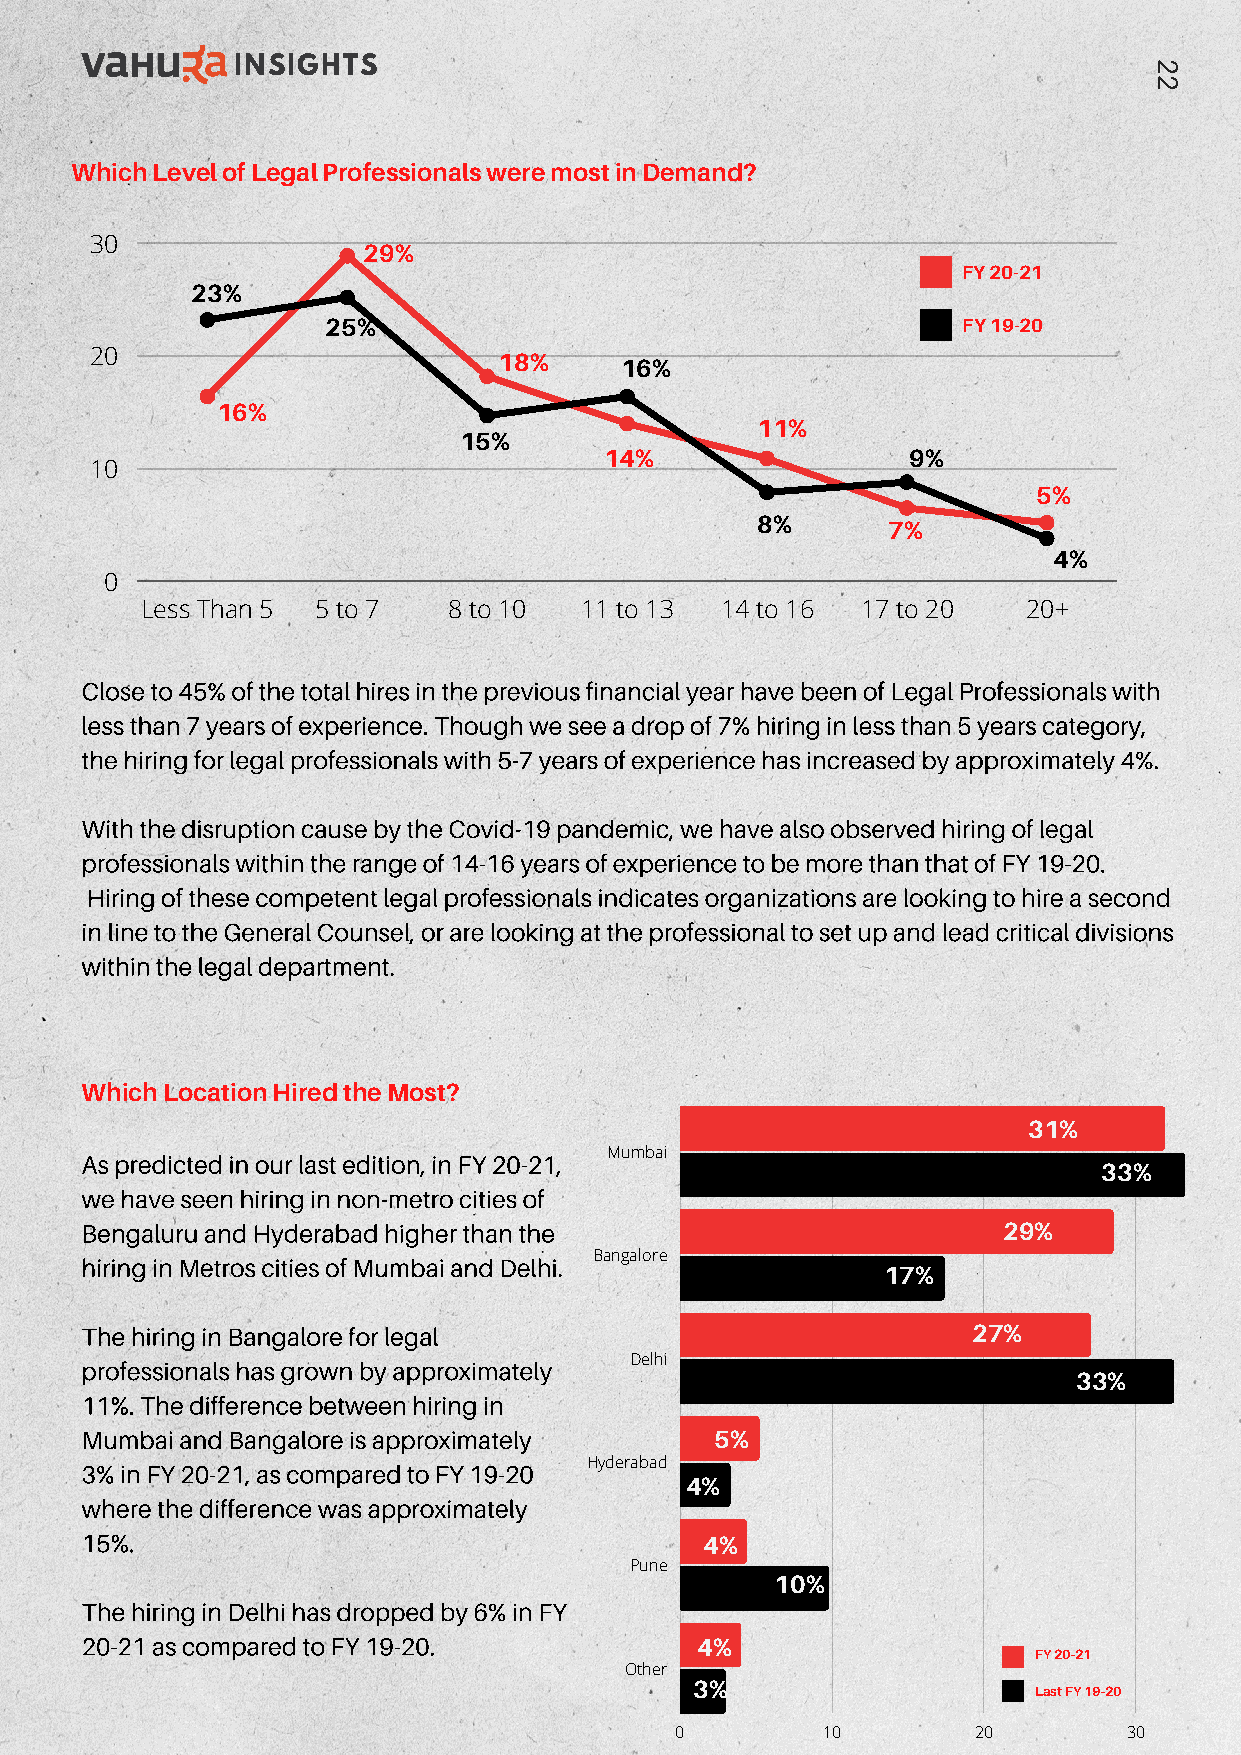
INSIGHTS                                                     2
 2
 Which Level of Legal Professionals were most in Demand?
 30
 29%
 FY 20-21
 23%
 25%                                       FY 19-20
 20                         18%     16%
 16%
 11%
 15%
 14%                 9%
 10
 5%
 8%       7%
 4%
 0
 Less Than 5 5 to 7   8 to 10 11 to 13  14 to 16 17 to 20   20+
 Close to 45% of the total hires in the previous financial year have been of Legal Professionals with
 less than 7 years of experience. Though we see a drop of 7% hiring in less than 5 years category,
 the hiring for legal professionals with 5-7 years of experience has increased by approximately 4%.
 With the disruption cause by the Covid-19 pandemic, we have also observed hiring of legal
 professionals within the range of 14-16 years of experience to be more than that of FY 19-20.
 Hiring of these competent legal professionals indicates organizations are looking to hire a second
 in line to the General Counsel, or are looking at the professional to set up and lead critical divisions
 within the legal department.
 Which Location Hired the Most?
 31%
 As predicted in our last edition, in FY 20-21, Mumbai
 33%
 we have seen hiring in non-metro cities of
 Bengaluru and Hyderabad higher than the                      29%
 hiring in Metros cities of Mumbai and Delhi. Bangalore
 17%
 The hiring in Bangalore for legal                          27%
 professionals has grown by approximately Delhi
 33%
 11%. The difference between hiring in
 Mumbai and Bangalore is approximately     5%
 3% in FY 20-21, as compared to FY 19-20 Hyderabad
 4%
 where the difference was approximately
 15%.
 4%
 Pune
 10%
 The hiring in Delhi has dropped by 6% in FY
 20-21 as compared to FY 19-20.           4%
 FY 20-21
 Other
 3%
 Last FY 19-20
 0        10         20        30